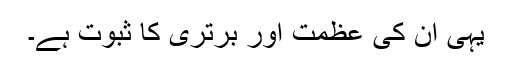
یہی اُن کی عظمت اور برتری کا ثبوت ہے۔